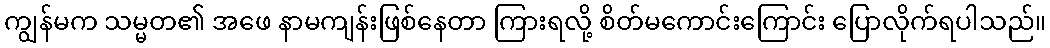
ကျွန်မက သမ္မတ၏ အဖေ နာမကျန်းဖြစ်နေတာ ကြားရလို့ စိတ်မကောင်းကြောင်း ပြောလိုက်ရပါသည်။